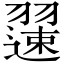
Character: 𫅯